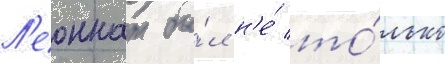
Л'еоннат бы́л н'е́ то́лько